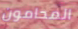
المحامون